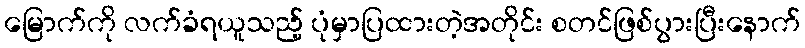
မြောက်ကို လက်ခံရယူသည့် ပုံမှာပြထားတဲ့အတိုင်း စတင်ဖြစ်ပွားပြီးနောက်